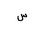
Letter: _sin